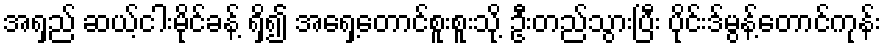
အရှည် ဆယ့်ငါးမိုင်ခန့် ရှိ၍ အရှေ့တောင်စူးစူးသို့ ဦးတည်သွားပြီး ပိုင်းဒ်မွန့်တောင်ကုန်း